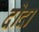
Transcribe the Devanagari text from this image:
दोदा